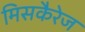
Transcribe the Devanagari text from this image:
मिसकैरेज